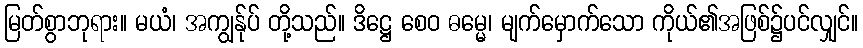
မြတ်စွာဘုရား။ မယံ၊ အကျွန်ုပ် တို့သည်။ ဒိဋ္ဌေ စေဝ ဓမ္မေ၊ မျက်မှောက်သော ကိုယ်၏အဖြစ်၌ပင်လျှင်။